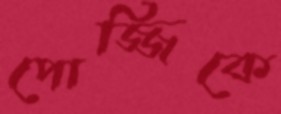
পোজ্জিকে